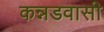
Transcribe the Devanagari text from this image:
कन्नडवासी